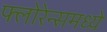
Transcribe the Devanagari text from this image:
फ्लोरेन्समध्ये